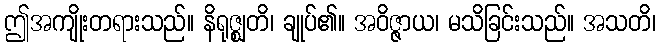
ဤအကျိုးတရားသည်။ နိရုဇ္ဈတိ၊ ချုပ်၏။ အဝိဇ္ဇာယ၊ မသိခြင်းသည်။ အသတိ၊